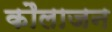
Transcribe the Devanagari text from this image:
कौलाजन